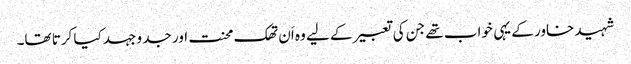
شہید خاور کے یہی خواب تھے جن کی تعبیر کے لیے وہ اَن تھک محنت اور جد و جہد کیا کرتا تھا۔